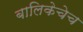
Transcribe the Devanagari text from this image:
बालिकेचेच